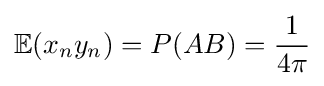
\mathbb {E} (x_{n}y_{n})=P(AB)={\frac {1}{4\pi }}